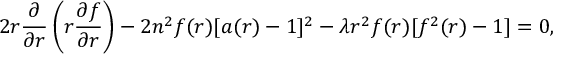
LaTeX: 2 r \frac { \partial } { \partial r } \left( r \frac { \partial f } { \partial r } \right) - 2 n ^ { 2 } f ( r ) [ a ( r ) - 1 ] ^ { 2 } - \lambda r ^ { 2 } f ( r ) [ f ^ { 2 } ( r ) - 1 ] = 0 ,